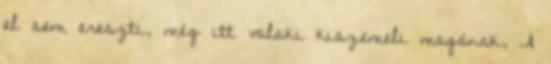
el sem ereszti, még itt valaki kiszemeli magának. A